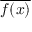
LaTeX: \overline { { f ( x ) } }